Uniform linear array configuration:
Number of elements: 8
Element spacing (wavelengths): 0.5
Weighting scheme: exponential
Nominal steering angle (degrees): -30
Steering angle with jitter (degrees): -30.949
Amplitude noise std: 0.05
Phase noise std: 0.05

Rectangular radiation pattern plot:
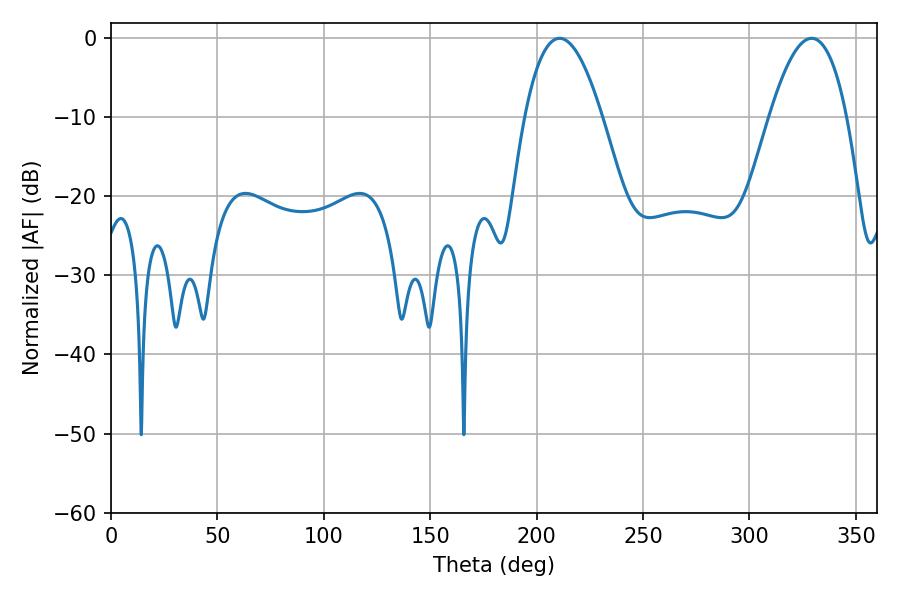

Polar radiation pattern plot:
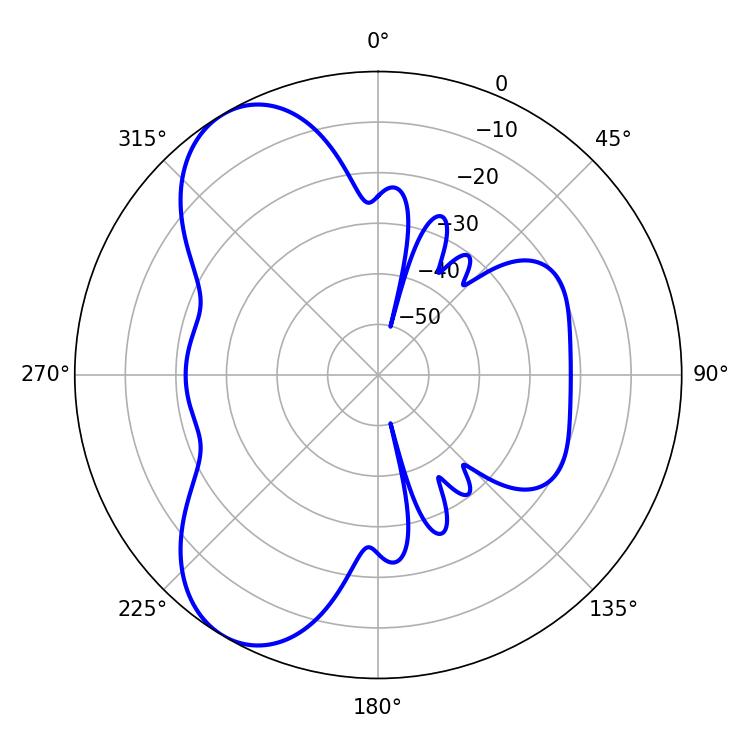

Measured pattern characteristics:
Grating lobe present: FALSE
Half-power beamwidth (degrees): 19.98
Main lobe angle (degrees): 210.78